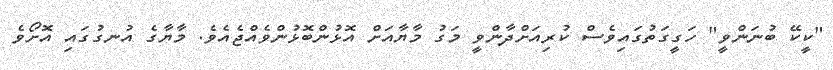
"ކީކޭ ބުނަންވީ" ހަގީގަތުގައިވެސް ކުރިއަށްދާންވީ މަގު މާޔާއަށް އޮޅުންބޮޅުންވެއްޖެއެވެ. މާޔާގެ އުނގުގައި އޮށޯވެ